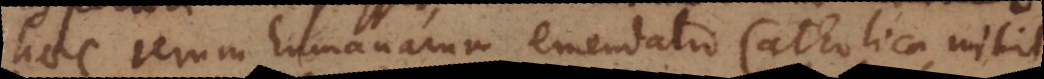
haec rerum humanarum emendatio Catholica, nihil